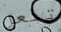
تفعل